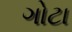
ગોટા